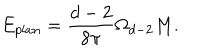
E _ { p l a n } = \frac { d - 2 } { 8 \pi } \Omega _ { d - 2 } M .